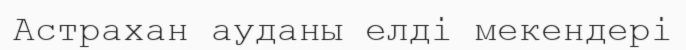
Астрахан ауданы елді мекендері